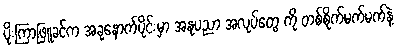
ပိုးကြာဖြူခင်က အခုနောက်ပိုင်းမှာ အနုပညာ အလုပ်တွေ ကို တစ်စိုက်မက်မက်နဲ့